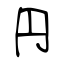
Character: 円